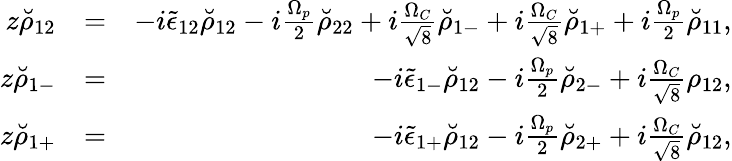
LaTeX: \begin{array}{rlr}{z\breve{\rho}_{12}}&{=}&{-i\tilde{\epsilon}_{12}\breve{\rho}_{12}-i\frac{\Omega_{p}}{2}\breve{\rho}_{22}+i\frac{\Omega_{C}}{\sqrt{8}}\breve{\rho}_{1-}+i\frac{\Omega_{C}}{\sqrt{8}}\breve{\rho}_{1+}+i\frac{\Omega_{p}}{2}\breve{\rho}_{11},}\\ {z\breve{\rho}_{1-}}&{=}&{-i\tilde{\epsilon}_{1-}\breve{\rho}_{12}-i\frac{\Omega_{p}}{2}\breve{\rho}_{2-}+i\frac{\Omega_{C}}{\sqrt{8}}\rho_{12},}\\ {z\breve{\rho}_{1+}}&{=}&{-i\tilde{\epsilon}_{1+}\breve{\rho}_{12}-i\frac{\Omega_{p}}{2}\breve{\rho}_{2+}+i\frac{\Omega_{C}}{\sqrt{8}}\breve{\rho}_{12},}\end{array}